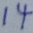
1 4